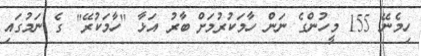
ހިމެނޭ 155 މީހުންގެ ނަން ހާމަކުރުމަށް ބާރު އަޅާ "ހާމަކުރޭ" ގެ ނަމުގައި